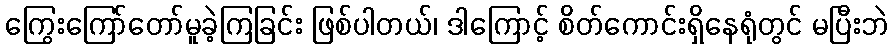
ကြွေးကြော်တော်မူခဲ့ကြခြင်း ဖြစ်ပါတယ်၊ ဒါကြောင့် စိတ်ကောင်းရှိနေရုံတွင် မပြီးဘဲ